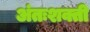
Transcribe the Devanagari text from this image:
अंतःशक्ती